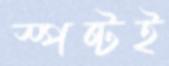
স্পষ্টই